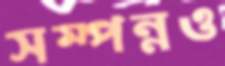
সম্পন্নও